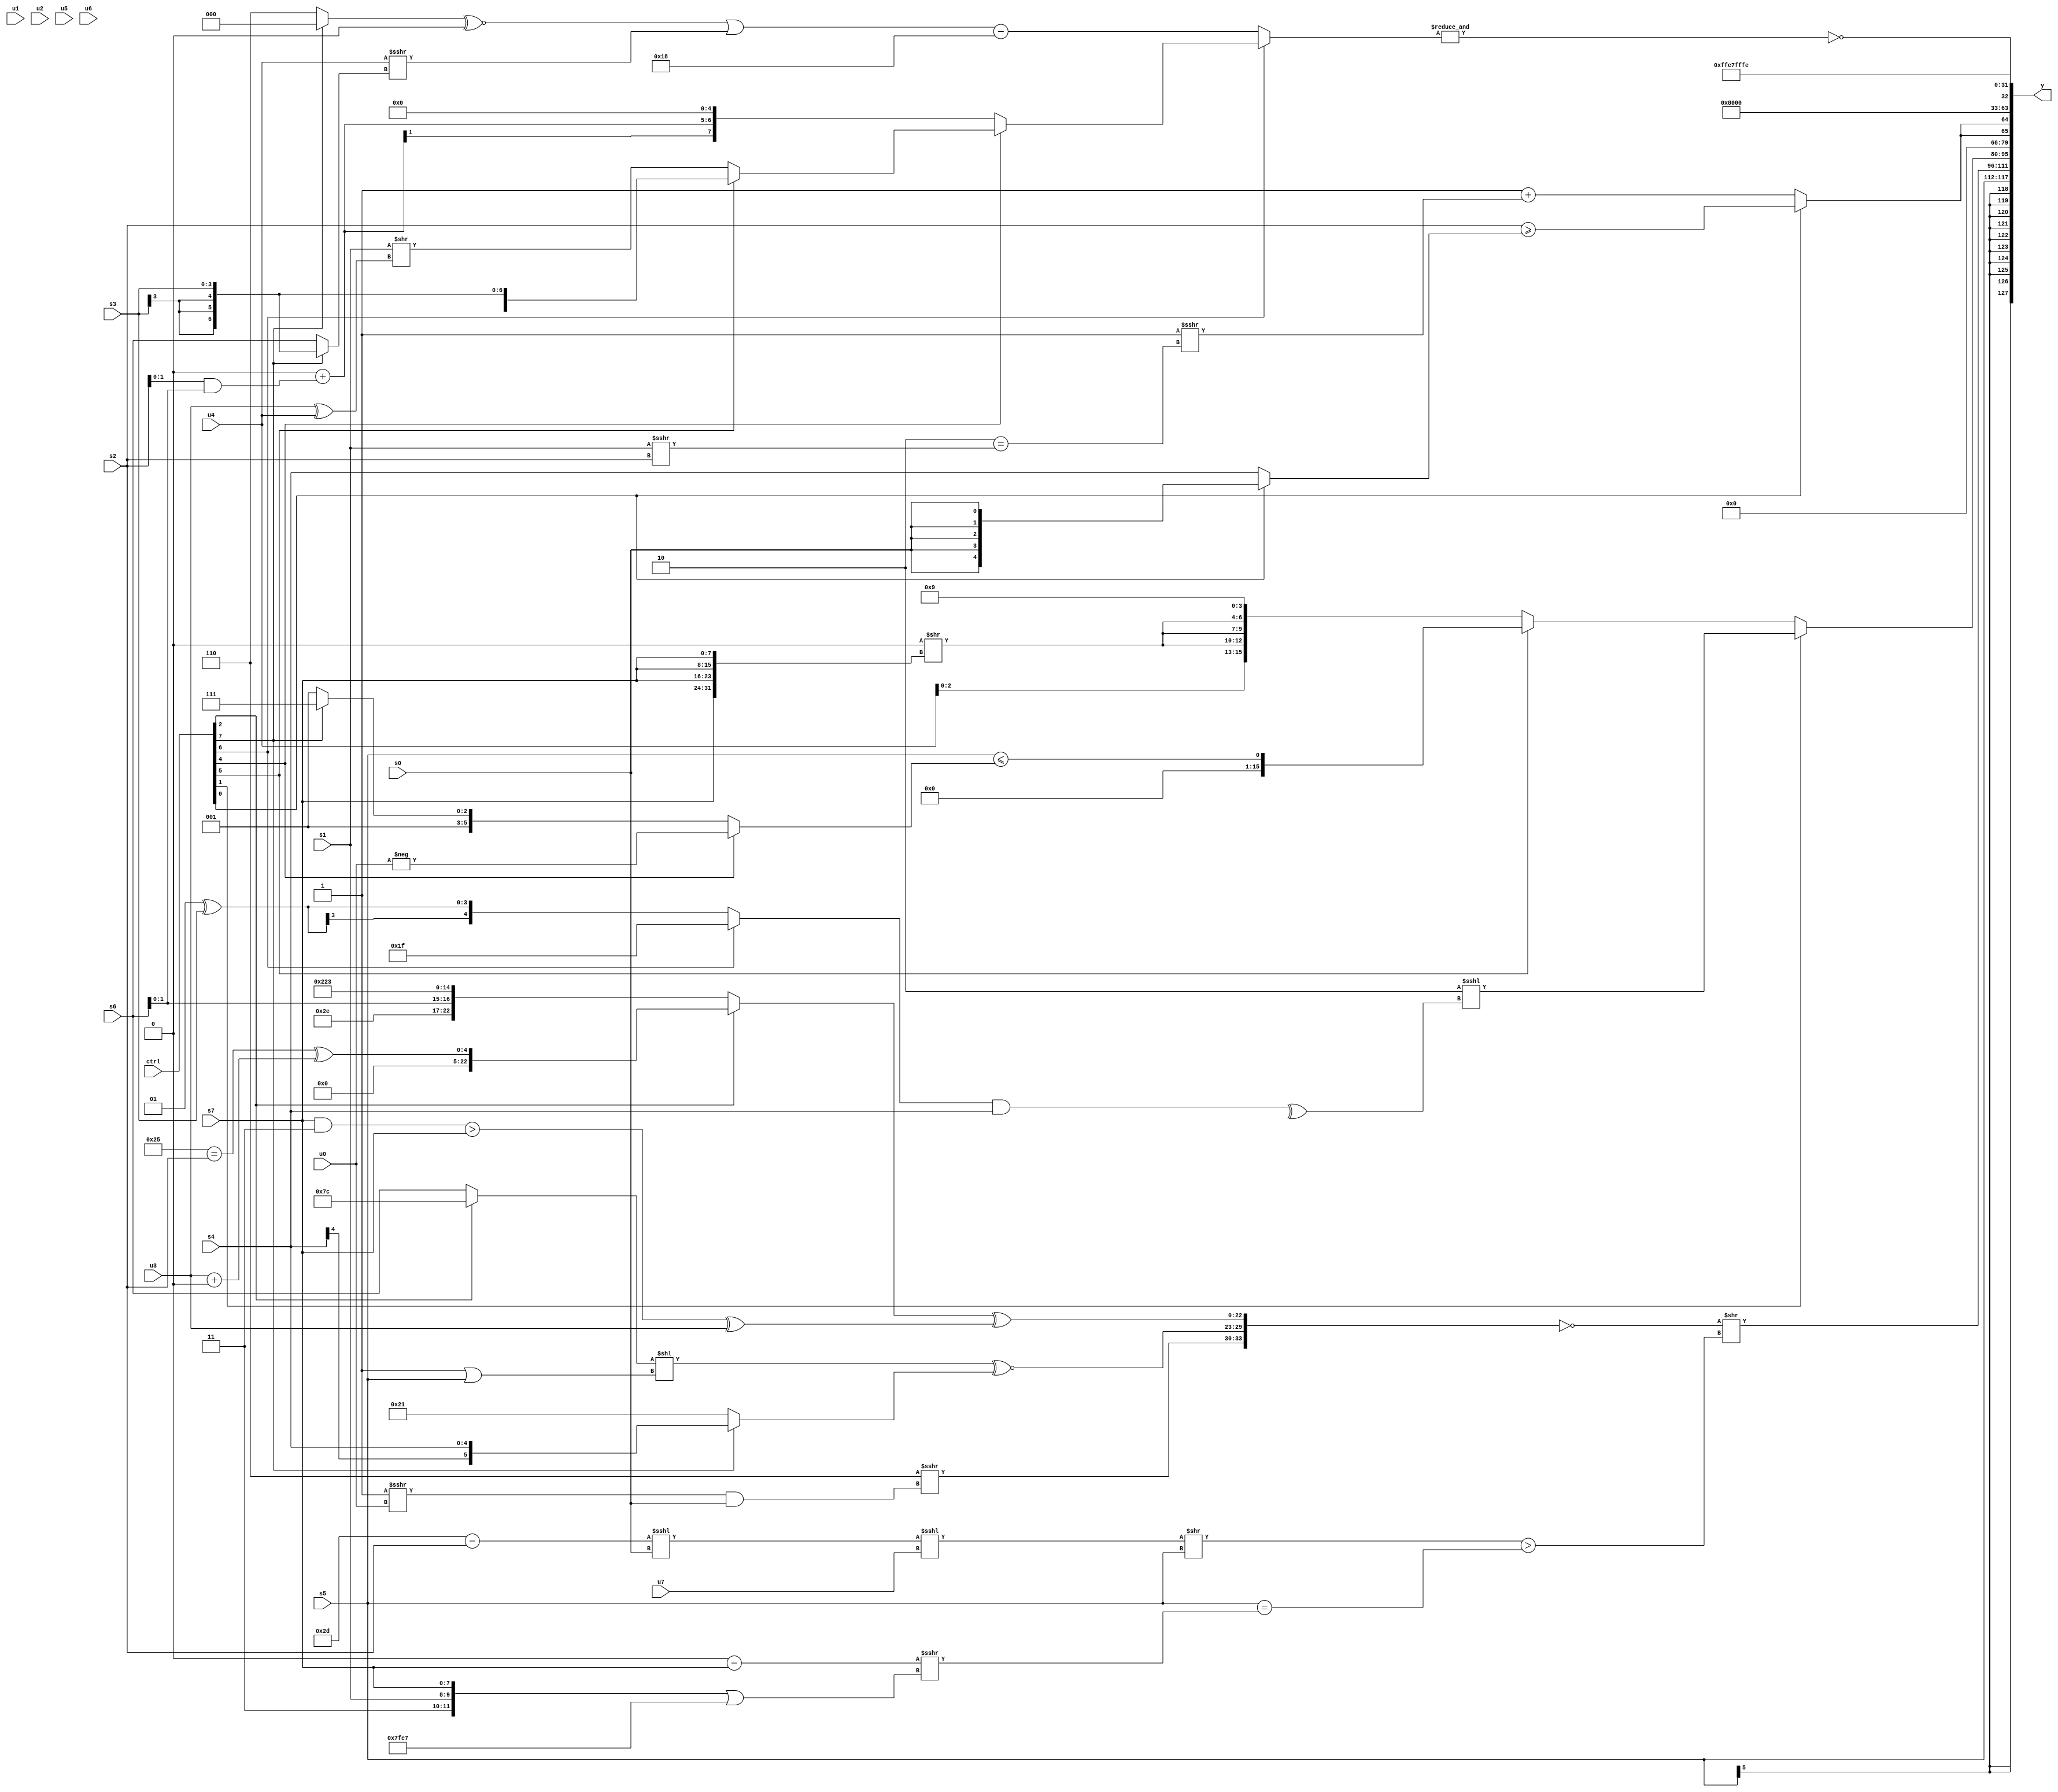
module wideexpr_00664(ctrl, u0, u1, u2, u3, u4, u5, u6, u7, s0, s1, s2, s3, s4, s5, s6, s7, y);
  input [7:0] ctrl;
  input [0:0] u0;
  input [1:0] u1;
  input [2:0] u2;
  input [3:0] u3;
  input [4:0] u4;
  input [5:0] u5;
  input [6:0] u6;
  input [7:0] u7;
  input signed [0:0] s0;
  input signed [1:0] s1;
  input signed [2:0] s2;
  input signed [3:0] s3;
  input signed [4:0] s4;
  input signed [5:0] s5;
  input signed [6:0] s6;
  input signed [7:0] s7;
  output [127:0] y;
  wire [15:0] y0;
  wire [15:0] y1;
  wire [15:0] y2;
  wire [15:0] y3;
  wire [15:0] y4;
  wire [15:0] y5;
  wire [15:0] y6;
  wire [15:0] y7;
  assign y = {y0,y1,y2,y3,y4,y5,y6,y7};
  assign y0 = +(s5);
  assign y1 = (~({(4'b0110)>>>((($signed(2'sb11))>>>(+(u0)))&(s0)),($signed(((ctrl[2]?4'sb1100:s6))<<((1'b1)|(s5))))^~($unsigned((ctrl[7]?(ctrl[7]?s4:1'sb1):6'sb100001))),((ctrl[2]?((6'sb100101)==(s2))^((u3)+(1'sb0)):{$signed(6'sb101110),(s6)<<(3'sb101),4'sb1000,6'sb100011}))^((((s7)&(2'b11))>(s7))^(u3))}))>>($signed((((((6'sb101101)-(s2))<<<($unsigned(s0)))<<<(u7))>>(s5))>((s5)==((((4'sb1010)>>(5'sb10010))-($signed(s7)))>>>(({3'sb000,2'b11,s1,s7})|(~(5'sb11000)))))));
  assign y2 = (ctrl[1]?(ctrl[1]?((|(((4'sb0011)-(5'sb00110))>>>(3'sb110)))<<(1'sb1))<<<(^(((ctrl[6]?2'sb11:(2'sb01)^(s3)))&(s4))):2'b01):(ctrl[5]?(s5)<=(((ctrl[4]?-(u0):(ctrl[7]?(4'sb1111)-(1'sb0):$signed(4'sb1001))))<<(6'sb000000)):{(((ctrl[3]?(s0)^(6'sb111011):s1))>>({1{$unsigned(s2)}}))&(3'sb111),u4,{3{$signed((-(3'b000))>>({4{s7}}))}},4'sb1001}));
  assign y3 = {2{(ctrl[0]?(s2)>=((ctrl[0]?s0:s4)):($unsigned(((1'sb1)^~(1'sb1))>>>($signed(6'sb010100))))+((((6'sb010111)!=(1'sb0))|((6'b011101)>(u7)))>>>((3'sb110)==((s1)>>>(s2)))))}};
  assign y4 = 2'sb01;
  assign y5 = ~&((ctrl[6]?(ctrl[4]?(ctrl[5]?+(s3):(s1)>>($signed((u3)^(u4)))):$signed(((6'sb001100)+((s2)&(s6)))<<<(3'sb101))):(ctrl[6]?(ctrl[3]?(ctrl[4]?($signed(s0))|((2'sb01)<<<(s0)):4'sb0011):$signed(((ctrl[5]?s7:s1))<<<((ctrl[6]?1'sb1:1'sb1)))):((((ctrl[7]?2'sb00:5'sb00110))^~((1'sb0)<<(6'sb001010)))|(($signed(u4))>>>((ctrl[7]?s3:s6))))-(-(6'sb101000)))));
  assign y6 = ($signed(6'sb100110))^(3'sb001);
  assign y7 = 4'sb1110;
endmodule